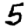
Digit: 5